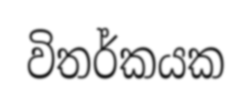
විතර්කයක